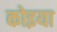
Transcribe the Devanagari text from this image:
कोइया